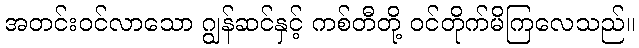
အတင်းဝင်လာသော ဂျွန်ဆင်နှင့် ကစ်တီတို့ ဝင်တိုက်မိကြလေသည်။